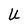
Character: U